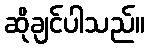
ဆိုချင်ပါသည်။